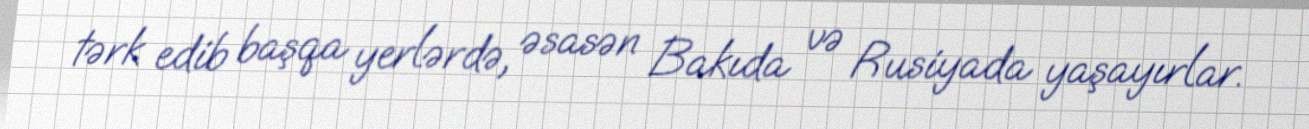
tərk edib başqa yerlərdə, əsasən Bakıda və Rusiyada yaşayırlar.